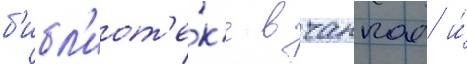
б'ибл'иот'е́к'е в чанкае и́